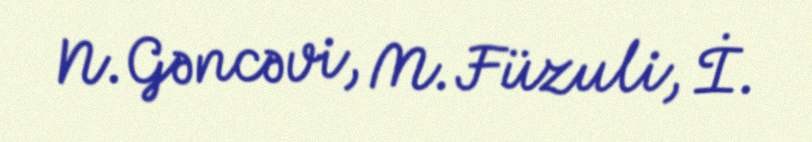
N.Gəncəvi, M.Füzuli, İ.